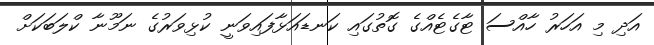
އަދި މި އަހަރު ހާއްސަ ޓާގެޓެއްގެ ގޮތުގައި ކަނޑައަޅާފައިވަނީ ކުޅިވަރުގެ ނަމޫނާ ކްލަބަކަށް